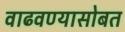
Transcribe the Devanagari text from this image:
वाढवण्यासोबत